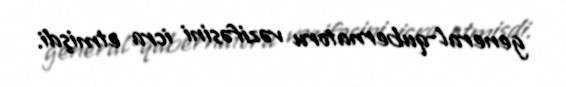
general-qubernatoru vəzifəsini icra etmişdi.